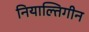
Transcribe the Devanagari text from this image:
नियाल्तिगीन